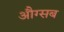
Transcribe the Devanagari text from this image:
औग्सब